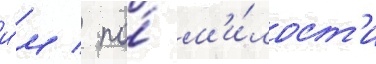
и́м / по́ м'и́лост'и